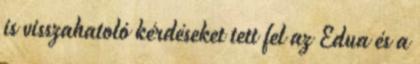
is visszahatoló kérdéseket tett fel az Edua és a